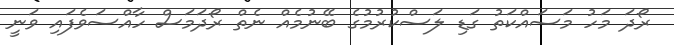
ރޯދަ މަހު މަސައްކަތު ގަޑި ލަސްކުރުމުގެ ބޭނުމެއް ނެތް ރޯދަމަސް ހާއްސަވެފައި ވަނީ